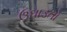
ઉઘાડતો